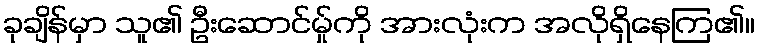
ခုချိန်မှာ သူ၏ ဦးဆောင်မ်ှုကို အားလုံးက အလိုရှိနေကြ၏။